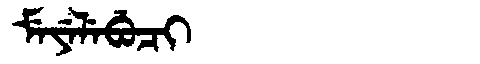
Manchu: ᠮᡝᠶᡝᠯᡝᠪᡠᠴᡳ
Romanization: MEYELEBUCI